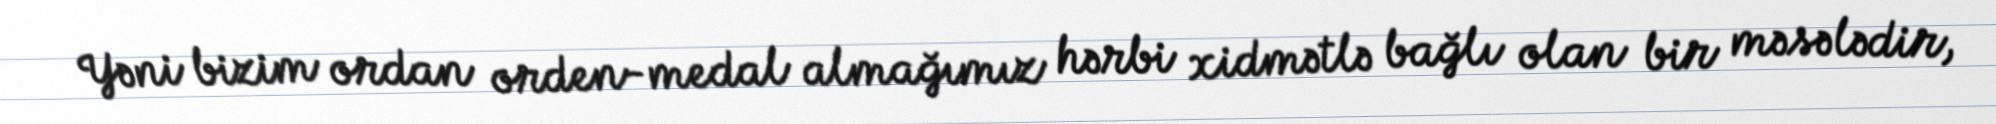
Yəni bizim ordan orden-medal almağımız hərbi xidmətlə bağlı olan bir məsələdir,